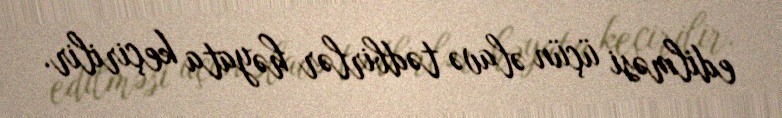
edilməsi üçün əlavə tədbirlər həyata keçirilir.